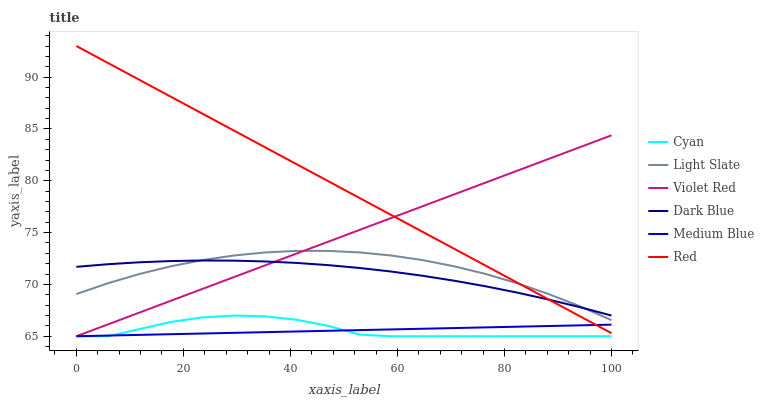
| xaxis_label | Cyan | Light Slate | Violet Red | Dark Blue | Medium Blue | Red |
 | --- | --- | --- | --- | --- | --- | --- |
 | 0 | 65 | 69.1 | 65 | 71.7 | 65 | 93 |
 | 5.88 | 65 | 70.1 | 66.1 | 71.9 | 65.1 | 91.4 |
 | 11.8 | 65.7 | 71 | 67.3 | 72.1 | 65.1 | 89.7 |
 | 17.6 | 66.4 | 71.7 | 68.4 | 72.3 | 65.2 | 88.1 |
 | 23.5 | 66.8 | 72.3 | 69.6 | 72.3 | 65.3 | 86.5 |
 | 29.4 | 67 | 72.8 | 70.7 | 72.3 | 65.3 | 84.9 |
 | 35.3 | 66.9 | 73.1 | 71.8 | 72.2 | 65.4 | 83.2 |
 | 41.2 | 66.6 | 73.2 | 73 | 72.1 | 65.5 | 81.6 |
 | 47.1 | 66 | 73.2 | 74.1 | 71.9 | 65.5 | 80 |
 | 52.9 | 65.2 | 73.1 | 75.3 | 71.6 | 65.6 | 78.3 |
 | 58.8 | 65 | 72.8 | 76.4 | 71.2 | 65.7 | 76.7 |
 | 64.7 | 65 | 72.3 | 77.5 | 70.8 | 65.7 | 75.1 |
 | 70.6 | 65 | 71.8 | 78.7 | 70.4 | 65.8 | 73.4 |
 | 76.5 | 65 | 71 | 79.8 | 69.8 | 65.9 | 71.8 |
 | 82.4 | 65 | 70.1 | 81 | 69.2 | 65.9 | 70.2 |
 | 88.2 | 65 | 69.1 | 82.1 | 68.5 | 66 | 68.6 |
 | 94.1 | 65 | 67.9 | 83.2 | 67.8 | 66.1 | 66.9 |
 | 100 | 65 | 66.6 | 84.4 | 67 | 66.1 | 65.3 |